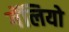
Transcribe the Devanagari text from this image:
गॅलियो